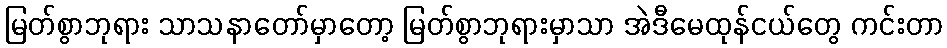
မြတ်စွာဘုရား သာသနာတော်မှာတော့ မြတ်စွာဘုရားမှာသာ အဲဒီမေထုန်ငယ်တွေ ကင်းတာ